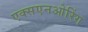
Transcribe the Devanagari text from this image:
एक्सएनओरिंग